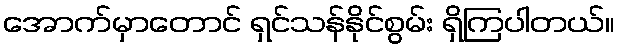
အောက်မှာတောင် ရှင်သန်နိုင်စွမ်း ရှိကြပါတယ်။